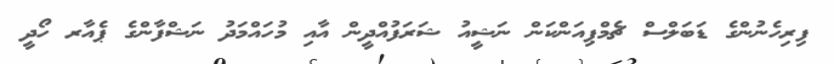
ފިރިހެނުންގެ ޑަބަލްސް ޗެމްޕިއަންކަން ނަޝީއު ޝަރަފުއްދީން އާއި މުހައްމަދު ނަޝްފާންގެ ޕެއާރ ހޯދީ